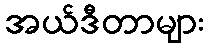
အယ်ဒီတာများ